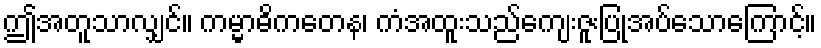
ဤအတူသာလျှင်။ ကမ္မာဓိကတေန၊ ကံအထူးသည်ကျေးဇူးပြုအပ်သောကြောင့်။